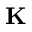
\bf { K }